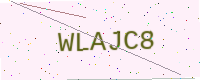
Text: WLAJC8